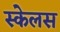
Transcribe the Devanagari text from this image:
स्केलस